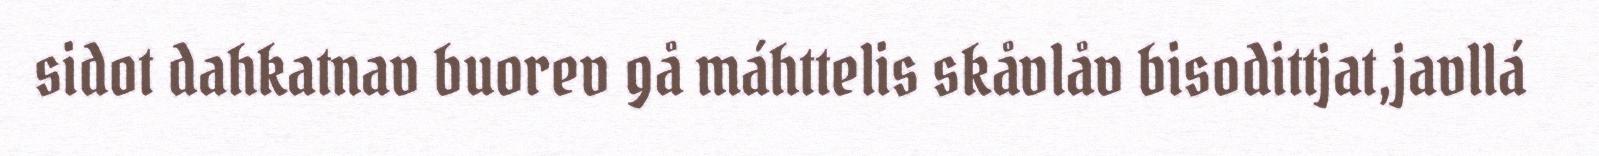
sidot dahkatnav buorev gå máhttelis skåvlåv bisodittjat,javllá